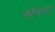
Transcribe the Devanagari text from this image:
सोभना